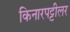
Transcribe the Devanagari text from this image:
किनारपट्टीलर